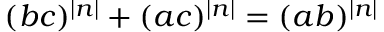
( b c ) ^ { | n | } + ( a c ) ^ { | n | } = ( a b ) ^ { | n | }